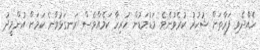
ހެއްދެވި ފަރާތަށް ޝުކުރު ކުރެވުނެވެ. މަޑުމަޑުން ހުރިހާ ކަމެއްވެސް ރަނގަޅުވާނެ ކަމަށް އުންމީދު